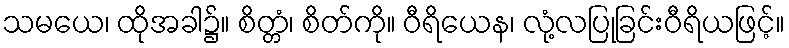
သမယေ၊ ထိုအခါ၌။ စိတ္တံ၊ စိတ်ကို။ ဝီရိယေန၊ လုံ့လပြုခြင်းဝီရိယဖြင့်။